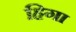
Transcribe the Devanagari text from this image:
हिगा